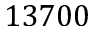
1 3 7 0 0